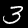
Label: 3